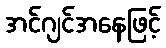
အင်ဂျင်အနေဖြင့်